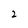
Character: 2